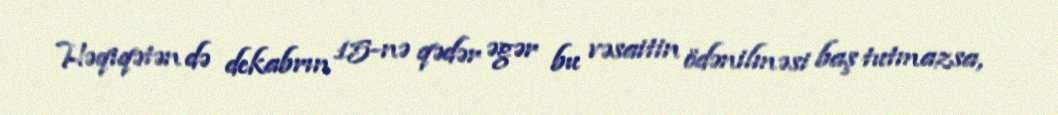
Həqiqətən də dekabrın 15-nə qədər əgər bu vəsaitin ödənilməsi baş tutmazsa,